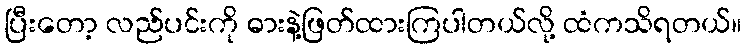
ပြီးတော့ လည်ပင်းကို ဓားနဲ့ဖြတ်ထားကြပါတယ်လို့ ထံကသိရတယ်။